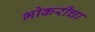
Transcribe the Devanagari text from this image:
भोकरीचा